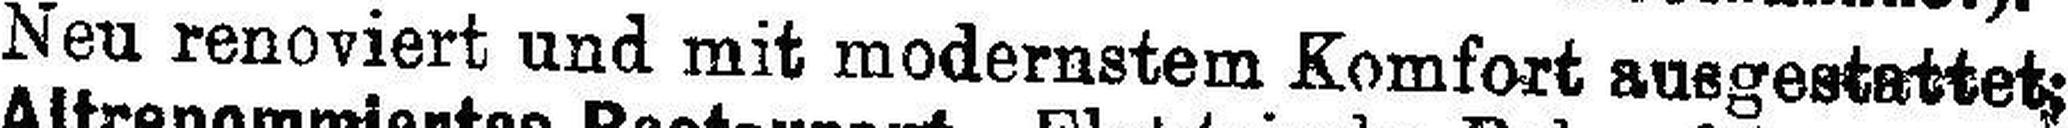
Neu renoviert und mit modernstem Komfort ausgestattet;